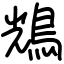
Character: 𪀯